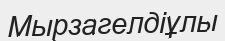
Мырзагелдіұлы